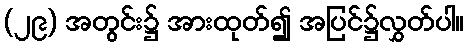
(၂၉) အတွင်း၌ အားထုတ်၍ အပြင်၌လွှတ်ပါ။